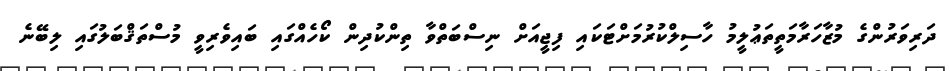
ދަރިވަރުންގެ މުޒާހަރާމަތީތަޢުލީމު ހާސިލްކުރުމަށްޓަކައި ފިޖީއަށް ނިސްބަތްވާ ތިންކުދިން ކޯހެއްގައި ބައިވެރިވީ މުސްތަޤްބަލުގައި ލިބޭނެ